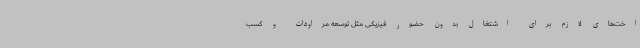
اخت‌های لازم برای اشتغال بدون حضور فیزیکی مثل توسعه مراودات و کسب